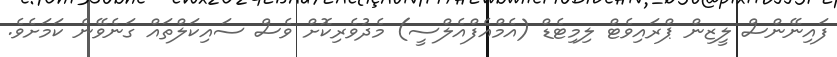
ފައިނޭންސް ލީޒިން ޕްރައިވެޓް ލިމިޓެޑް (އެމްއެފްއެލްސީ) މެދުވެރިކޮށް ވެސް ސައިކަލްތައް ގަނެވޭނެ ކަމަށެވެ.